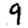
Digit: 9